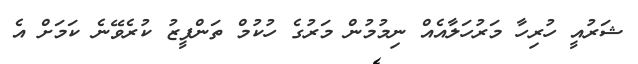
ޝަރުއީ ހުރިހާ މަރުހަލާއެއް ނިމުމުން މަރުގެ ހުކުމް ތަންފީޒު ކުރެވޭނެ ކަމަށް އެ